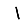
Digit: 1